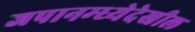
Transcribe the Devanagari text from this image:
जपानम्ध्येदेखील